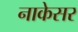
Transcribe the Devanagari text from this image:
नाकेसर